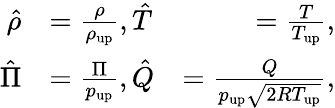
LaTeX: \begin{array}{rlr}{\hat{\rho}}&{=\frac{\rho}{\rho_{\mathrm{{up}}}},\hat{T}}&{=\frac{T}{T_{\mathrm{up}}},}\\ {\hat{\Pi}}&{=\frac{\Pi}{p_{\mathrm{{up}}}},\hat{Q}}&{=\frac{Q}{p_{\mathrm{up}}\sqrt{2RT_{\mathrm{{up}}}}},}\end{array}